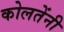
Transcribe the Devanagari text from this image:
कोलतेंनी